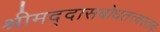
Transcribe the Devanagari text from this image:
श्रीमद्दासबोधतत्त्वस्तवः